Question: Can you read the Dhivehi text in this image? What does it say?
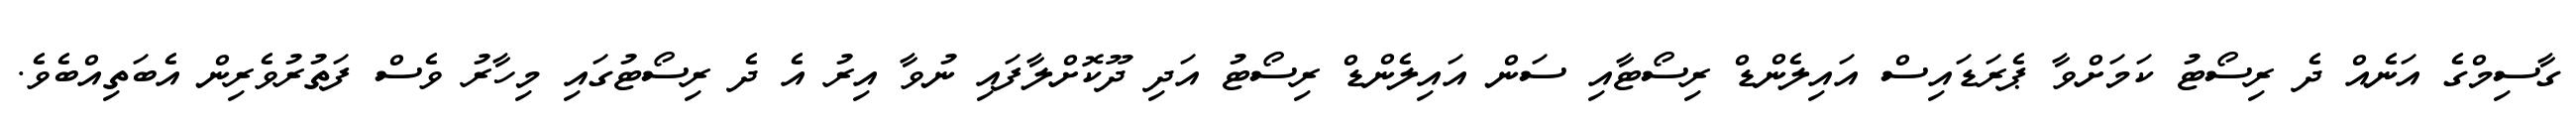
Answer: ގާސިމްގެ އަނެއް ދެ ރިސޯޓު ކަމަށްވާ ޕެރަޑައިސް އައިލެންޑް ރިސޯޓާއި ސަން އައިލެންޑް ރިސޯޓު އަދި ދޫކޮށްލާފައި ނުވާ އިރު އެ ދެ ރިސޯޓުގައި މިހާރު ވެސް ފަތުރުވެރިން އެބަތިއްބެވެ.